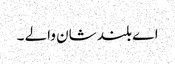
اے بلند شان والے ۔